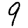
Digit: 9